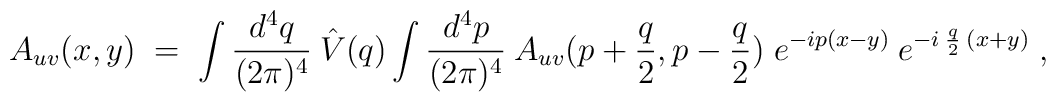
A_{uv}(x,y) \;=\; \int \frac{d^4q}{(2 \pi)^4} \:\hat{V}(q) \int \frac{d^4p}{(2 \pi)^4} \:A_{uv}(p+\frac{q}{2},p-\frac{q}{2}) \;e^{-ip(x-y)} \:e^{-i \:\frac{q}{2}\:(x+y)} \;,